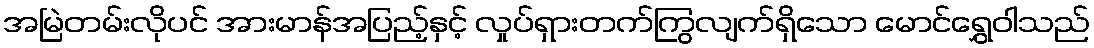
အမြဲတမ်းလိုပင် အားမာန်အပြည့်နှင့် လှုပ်ရှားတက်ကြွလျက်ရှိသော မောင်ရွှေဝါသည်